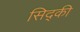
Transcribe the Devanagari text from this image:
सिद्की